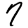
Digit: 7